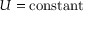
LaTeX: U = { \mathrm { c o n s t a n t } }